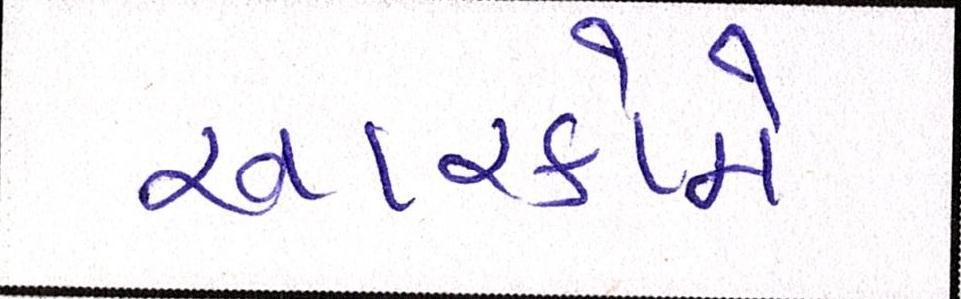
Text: આરકોમે